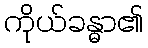
ကိုယ်ခန္ဓာ၏